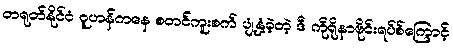
တရုတ်နိုင်ငံ ဝူဟန်ကနေ စတင်ကူးစက် ပျံ့နှံ့ခဲ့တဲ့ ဒီ ကိုရိုနာဗိုင်းရပ်စ်ကြောင့်